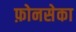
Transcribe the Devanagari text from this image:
फ़ोनसेका